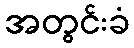
အတွင်းခံ